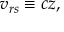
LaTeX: v _ { r s } \equiv c z ,